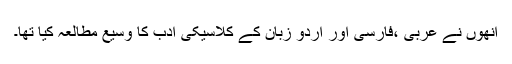
انھوں نے عربی ،فارسی اور اردو زبان کے کلاسیکی ادب کا وسیع مطالعہ کیا تھا۔